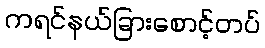
ကရင်နယ်ခြားစောင့်တပ်